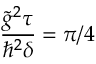
\frac { \tilde { g } ^ { 2 } \tau } { \hbar ^ { 2 } \delta } = \pi / 4